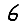
Digit: 6